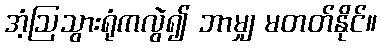
အံ့ဩသွားရုံကလွဲ၍ ဘာမျှ မတတ်နိုင်။